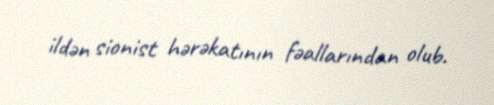
ildən sionist hərəkatının fəallarından olub.